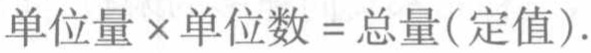
单位量\times 单位数 = 总量(定值).